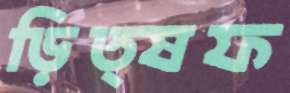
ড়িত্ষফ